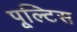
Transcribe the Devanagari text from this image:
पूल्टिस